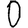
Digit: 0